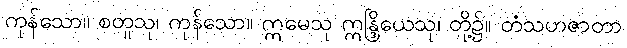
ကုန်သော။ စတူသု၊ ကုန်သော။ ဣမေသု ဣန္ဒြိယေသု၊ တို့၌။ တံသဟဇာတာ